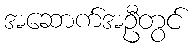
အဆောက်အဦတွင်